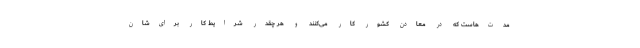
مدت‌هاست که در معادن کشور کار می‌کنند و هر چقدر شرایط کار برای‌شان